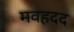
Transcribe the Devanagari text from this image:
मवहदद